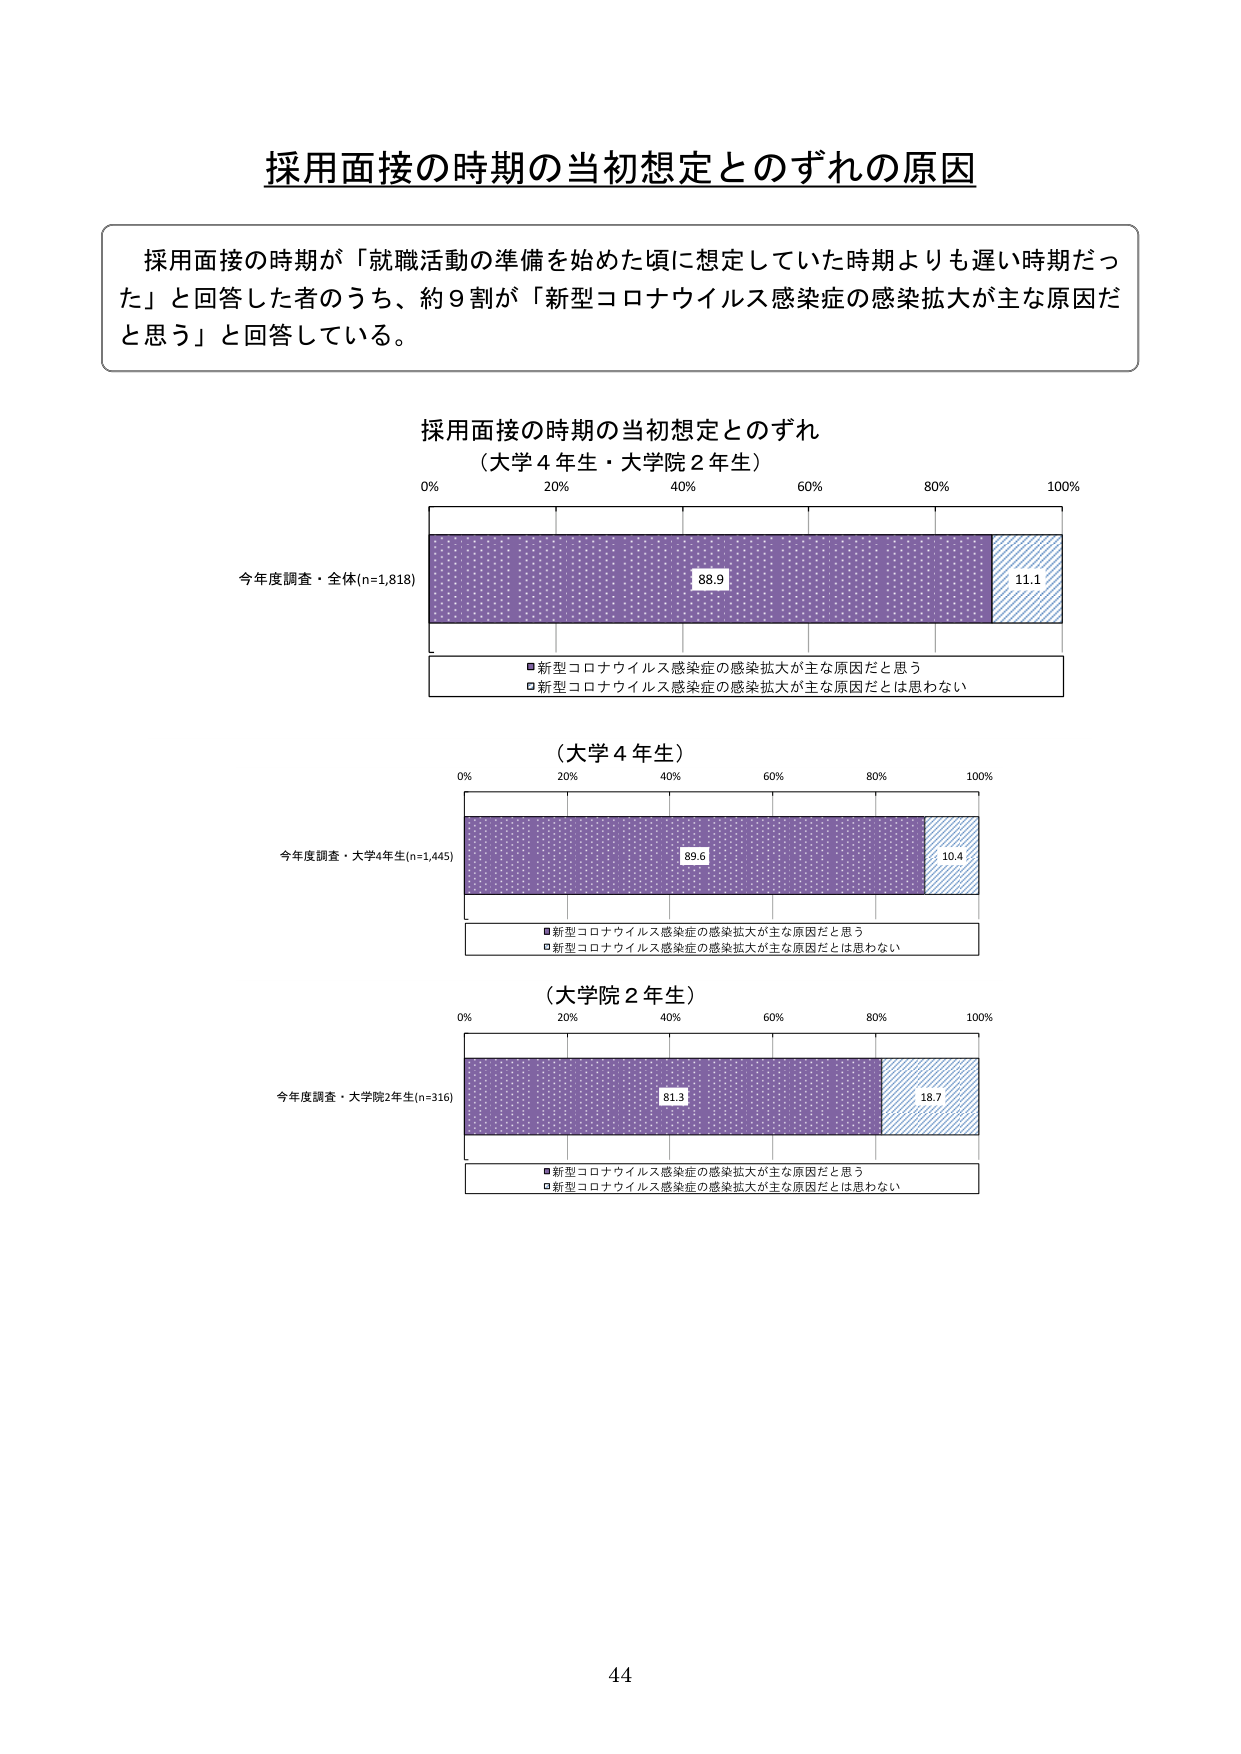
採用面接の時期の当初想定とのずれの原因

採用面接の時期が「就職活動の準備を始めた頃に想定していた時期よりも遅い時期だった」と回答した者のうち、約９割が「新型コロナウイルス感染症の感染拡大が主な原因だと思う」と回答している。

採用面接の時期の当初想定とのずれ
（大学４年生・大学院２年生）

0% 20% 40% 60% 80% 100%

今年度調査・全体(n=1,818)
88.9 11.1

■新型コロナウイルス感染症の感染拡大が主な原因だと思う
□新型コロナウイルス感染症の感染拡大が主な原因だとは思わない

（大学４年生）

0% 20% 40% 60% 80% 100%

今年度調査・大学4年生(n=1,445)
89.6 10.4

■新型コロナウイルス感染症の感染拡大が主な原因だと思う
□新型コロナウイルス感染症の感染拡大が主な原因だとは思わない

（大学院２年生）

0% 20% 40% 60% 80% 100%

今年度調査・大学院2年生(n=316)
81.3 18.7

■新型コロナウイルス感染症の感染拡大が主な原因だと思う
□新型コロナウイルス感染症の感染拡大が主な原因だとは思わない

44